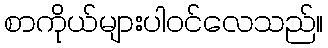
စာကိုယ်များပါဝင်လေသည်။